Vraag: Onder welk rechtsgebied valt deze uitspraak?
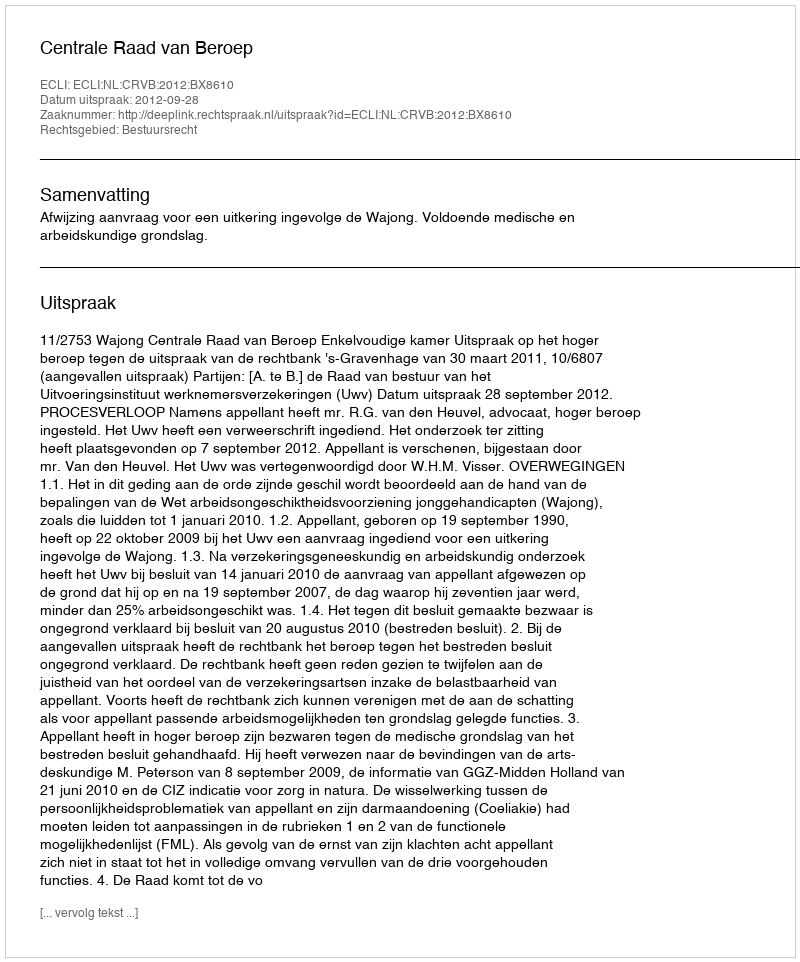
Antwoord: Bestuursrecht